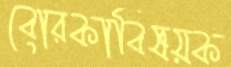
বোরকাবিষয়ক